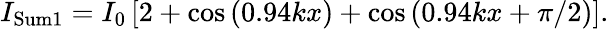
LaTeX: I_{\mathrm{Sum1}}=I_{0}\left[2+\cos\left(0.94kx\right)+\cos\left(0.94kx+\pi/2\right)\right].